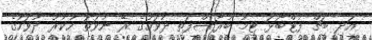
އަދި ބީޗް ފުޓްބޯޅަ ޓީމު ބުރާސްފަތި ދުވަހުގެ ރޭ ނުވަތަ ހުކުރު ދުވަހުގެ